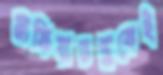
মাফিয়াতন্ত্রকেই